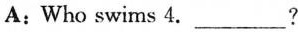
A: Who swims 4. ___?